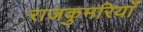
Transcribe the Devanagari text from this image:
राजकुमरियाँ